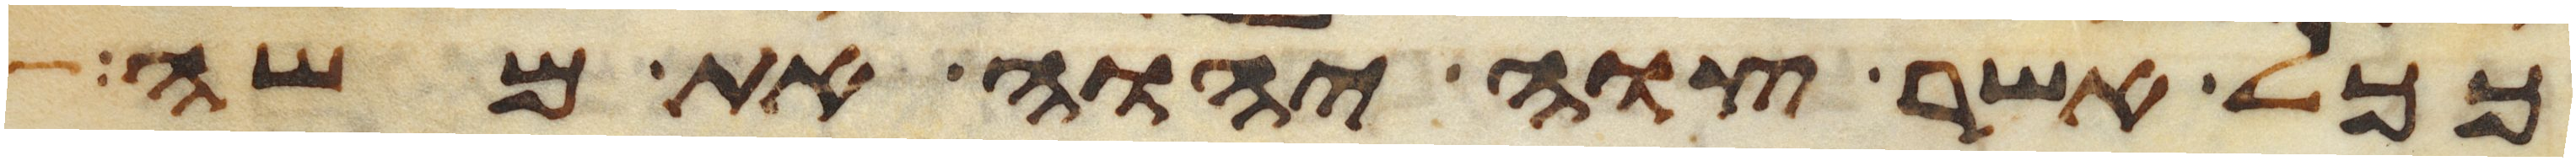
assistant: ככל אשר צוה יהוה את משה